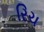
રિચ